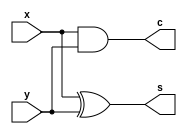
//--------PDSD homework 1-1 (Ripple carry)-----------------------------------------------
//--------1-bit half adder---------------------------------------------------------------

module HalfAdder(x,y,s,c);
	input x,y;
	output s,c;
	
	xor (s,x,y);
	and (c,x,y);
endmodule